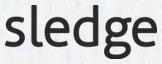
sledge